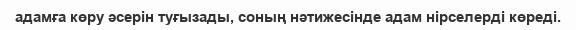
адамға көру әсерін туғызады, соның нәтижесінде адам нірселерді көреді.